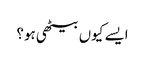
ایسے کیوں بیٹھی ہو؟